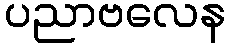
ပညာဗလေန